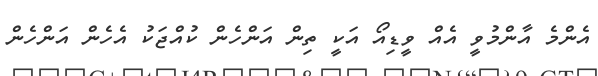
އެންމެ އާންމުވީ އެއް ވީޑިއޯ އަކީ ތިން އަންހެން ކުއްޖަކު އެހެން އަންހެން